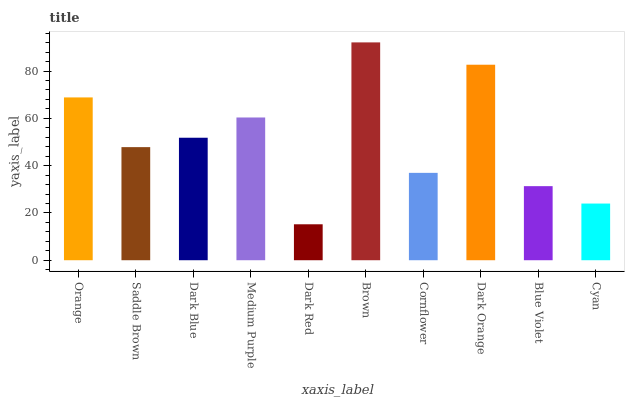
| xaxis_label | bars |
 | --- | --- |
 | Orange | 68.9 |
 | Saddle Brown | 47.8 |
 | Dark Blue | 51.8 |
 | Medium Purple | 60.4 |
 | Dark Red | 15.2 |
 | Brown | 92.1 |
 | Cornflower | 36.9 |
 | Dark Orange | 82.7 |
 | Blue Violet | 31.3 |
 | Cyan | 24 |